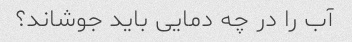
آب را در چه دمایی باید جوشاند؟